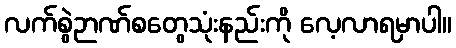
လက်စွဲဉာဏ်စတွေသုံးနည်းကို လေ့လာရမှာပါ။